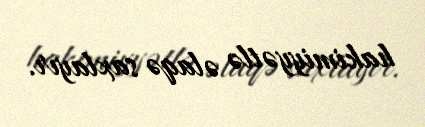
hakimiyyətlə əlaqə saxlayır.